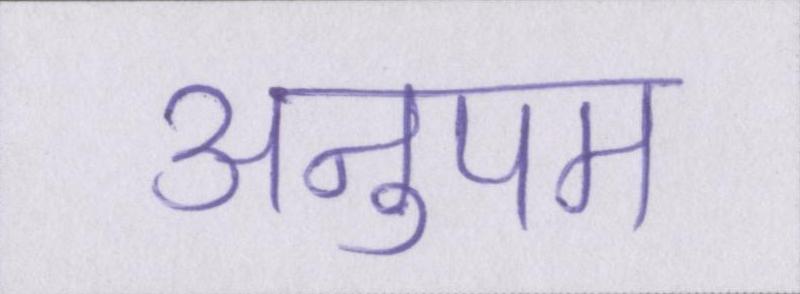
अनुपम